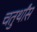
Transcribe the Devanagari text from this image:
चतुर्थांस